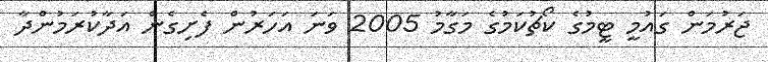
ޖަރުމަން ގައުމީ ޓީމުގެ ކޯޗުކަމުގެ މަގާމު 2005 ވަނަ އަހަރުން ފެށިގެން އަދާކުރަމުންދާ